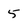
Character: 5